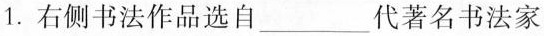
1.右侧书法作品选自_______代著名书法家